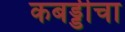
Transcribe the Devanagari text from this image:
कबड्डीचा